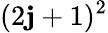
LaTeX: (2\mathbf{j}+1)^{2}